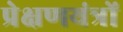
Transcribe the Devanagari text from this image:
प्रेक्षणयंत्रों